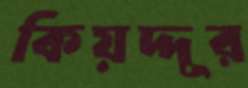
কিয়দ্দূর